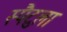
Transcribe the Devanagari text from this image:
स्पैटुला